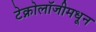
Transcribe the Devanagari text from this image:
टेक्नोलॉजीमधून